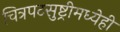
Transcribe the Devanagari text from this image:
चित्रपटसुष्ट्रीमध्येही